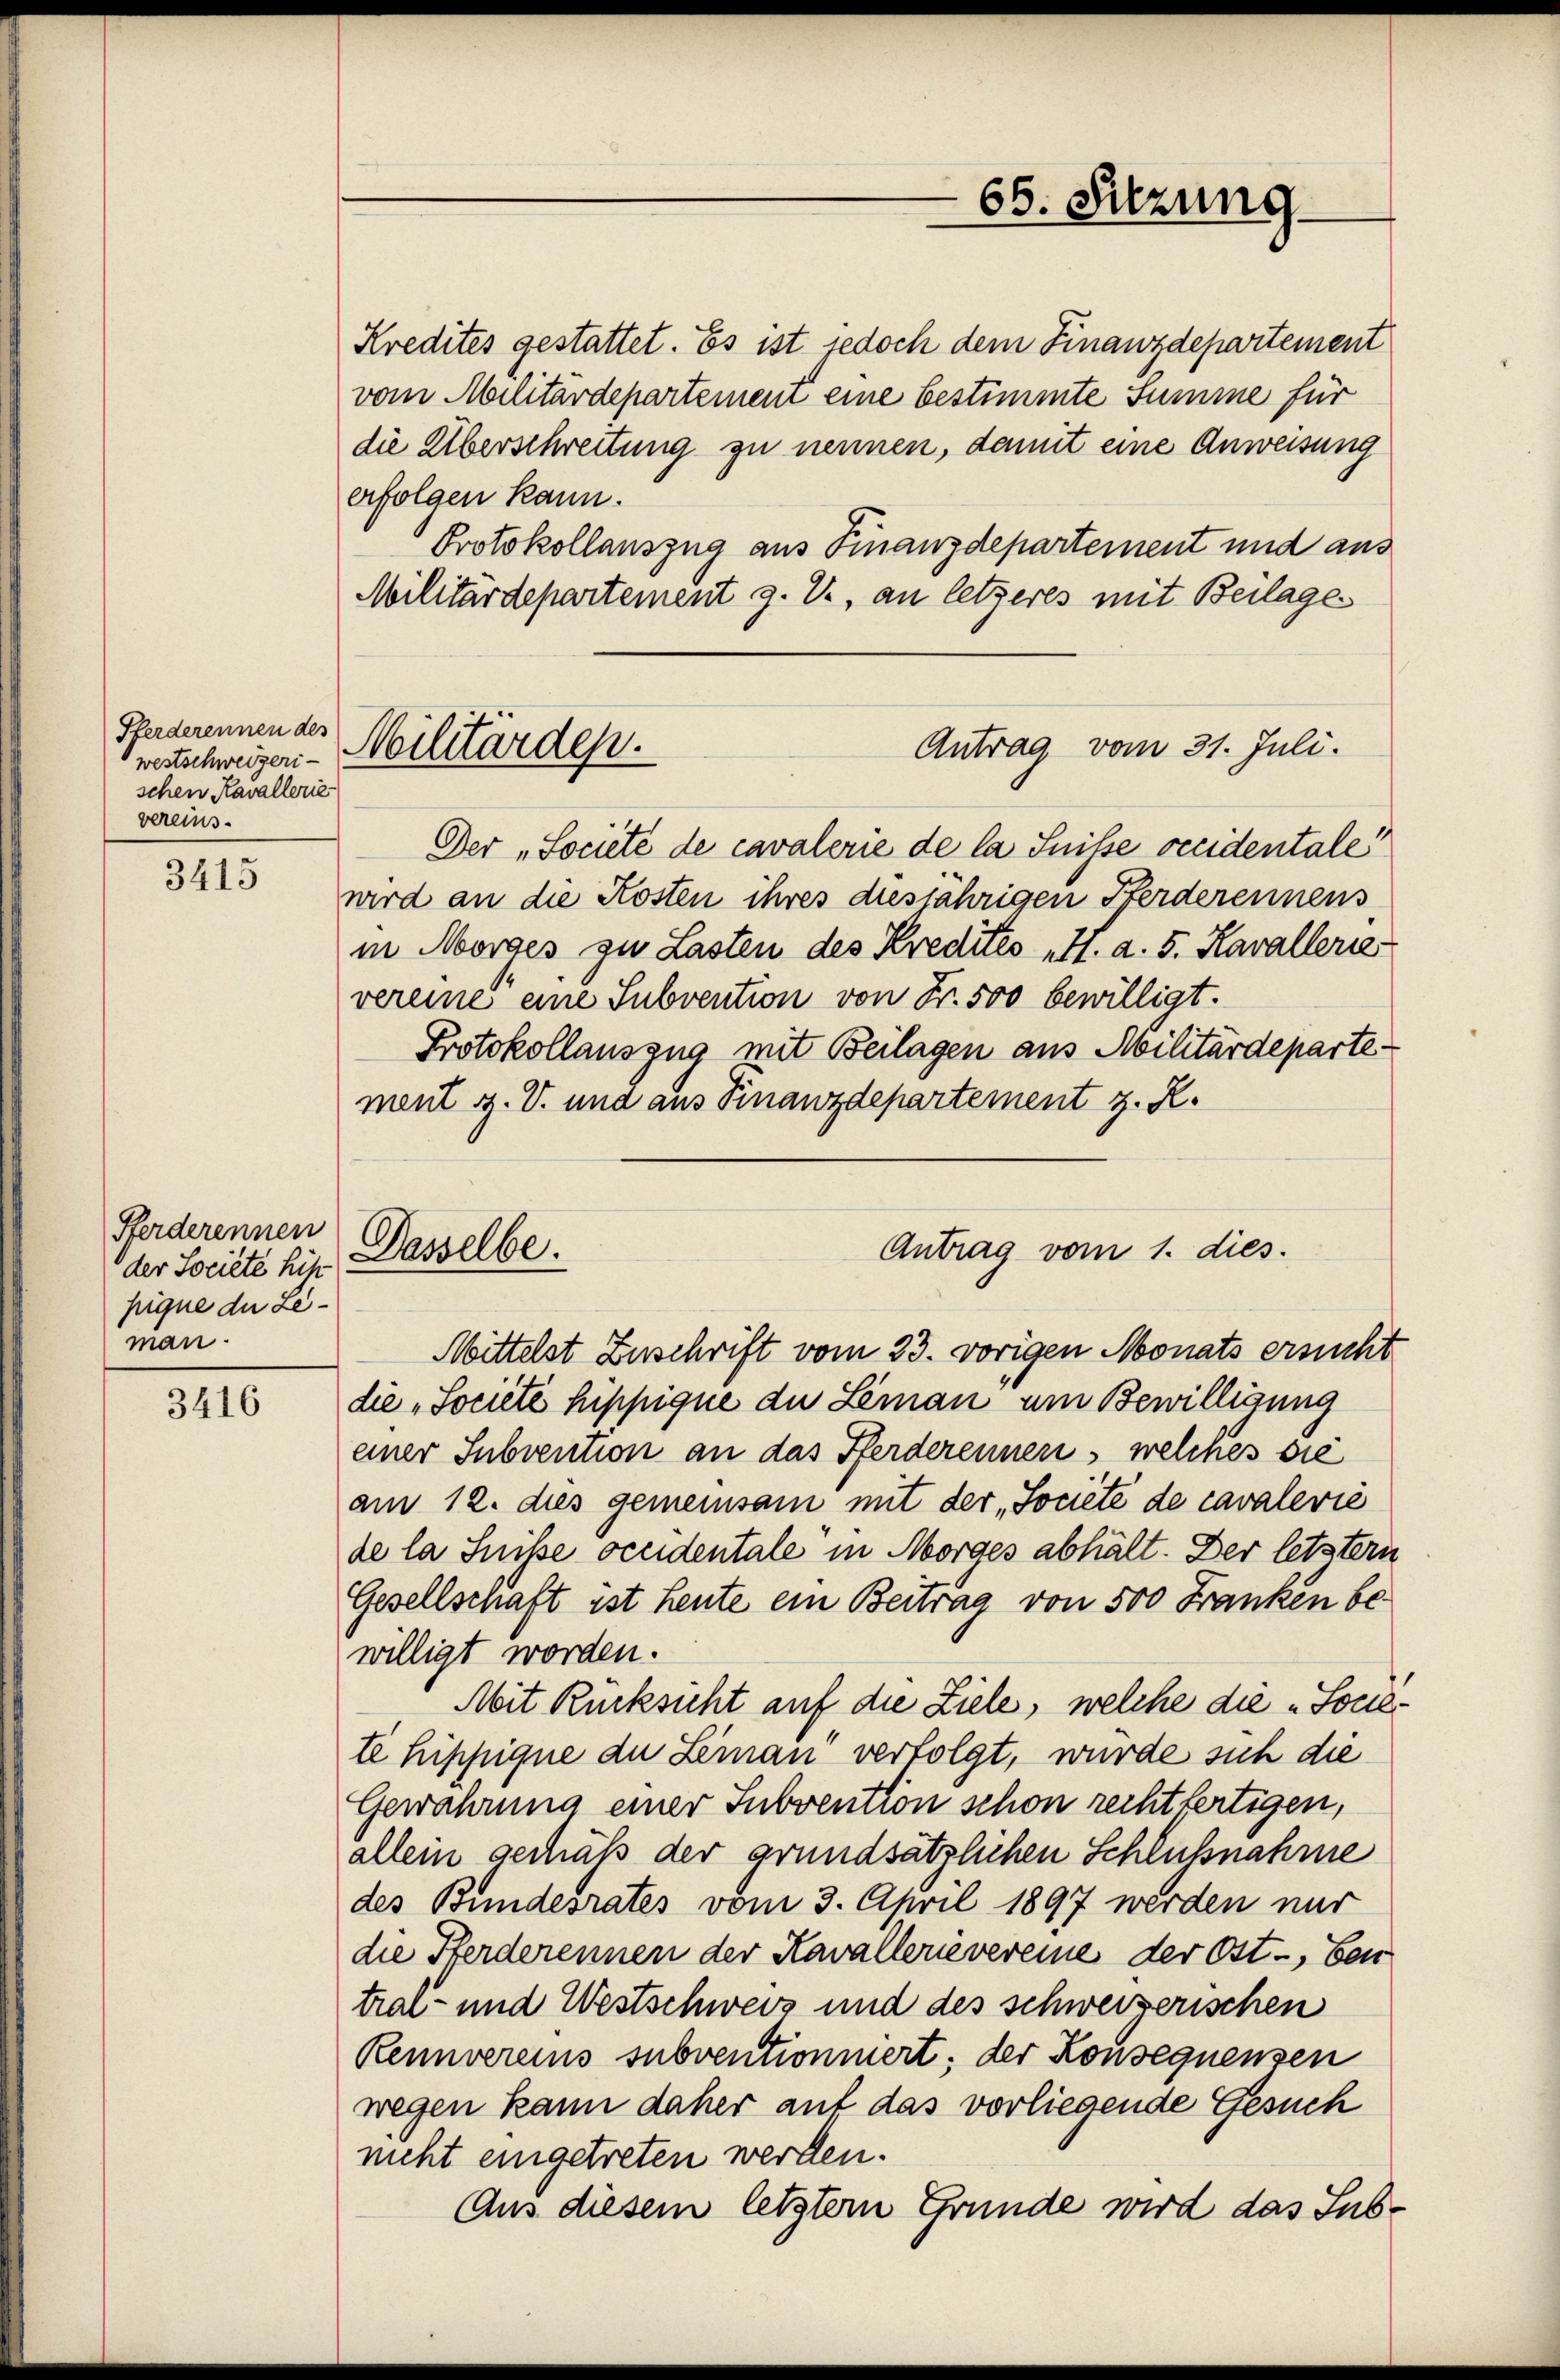
Pferderennen des
westschweizeri-
schen Kavallerie
vereins.

3415

Pferderennen
der Societe hist
pigne die Leman.

3416

Kredites gestattet. Es ist jedoch dem Finanzdepartement
vom Militärdepartement eine bestimmte Summe für
die Überschreitung zu nennen, damit eine Anweisung
erfolgen kann.
Protokollauszug aus Finanzdepartement und aus
Militärdepartement z. V., an letzeres mit Beilage
Militärdep.
Antrag vom 31. Juli.
Der „Societé de cavalerie de la Suisse occidentale
wird an die Kosten ihres diesjährigen Pferderennens
in Morges zu Lasten des Kredites H. a. 5. Kavallerie
vereine eine Subvention von Fr. 500 bewilligt.
Protokollauszug mit Beilagen aus Militärdeparte
ment z. V. und aus Finanzdepartement z. R.

65. Sitzung.

Antrag vom 1. dies.
Dasselbe.
Mittelst Zuschrift vom 23. vorigen Monats ersucht

die „Société hippique du Leman um Bewilligung
einer Subvention an das Pferderennen, welches sie
am 12. dies gemeinsam mit der „Société de cavalević
de la Suisse occidentale in Morges abhält. Der letztern
Gesellschaft ist heute ein Beitrag von 500 Franken bewilligt worden.
Mit Rücksicht auf die Ziele, welche die „Societe hippique die Leman verfolgt, wurde sich die
Gewahrung einer Subvention schon rechtfertigen,
allein genuß der grundsätzlichen Schlußnahme
des Bundesrates vom 3. April 1897 werden nur
die Pferderennen der Kavallerievereine der Ost-, bei
tral- und Westschweis und des schweizerischen
Rennvereins subventionnert; der Konsequensen
wegen kann daher auf das vorliegende Gesuch
nicht eingetreten werden.
Aus diesem letztem Grunde wird das Sub¬